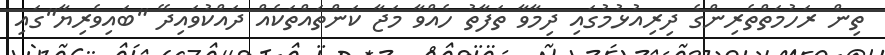
ތިން ރަހުމަތްތެރިންގެ ދިރިއުޅުމުގައި ދިމާވާ ތަފާތު ހެއްވާ މަޖާ ކަންތައްތަކެއް ދައްކުވައިދޭ "ބައިވެރިޔާ"ގައި